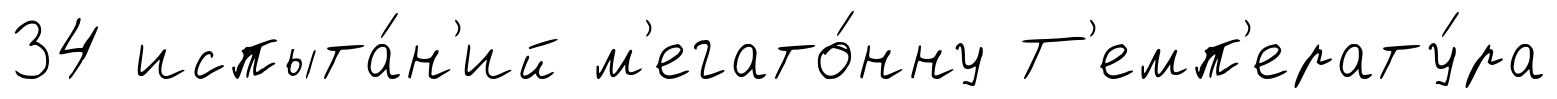
34 испыта́н'ий м'егато́нну Т'емп'ерату́ра